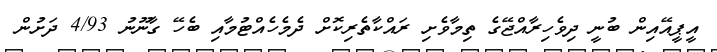
އީޕީއޭއިން ބުނީ ދިވެހިރާއްޖޭގެ ތިމާވެށި ރައްކާތެރިކޮށް ދެމެހެއްޓުމާއި ބެހޭ ގާނޫނު 4/93 ދަށުން